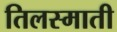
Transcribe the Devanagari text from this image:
तिलस्माती